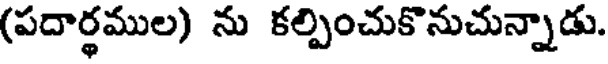
(పదార్థముల) ను కల్పించుకొనుచున్నాడు.